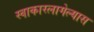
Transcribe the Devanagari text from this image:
स्वाकारलागेल्यास